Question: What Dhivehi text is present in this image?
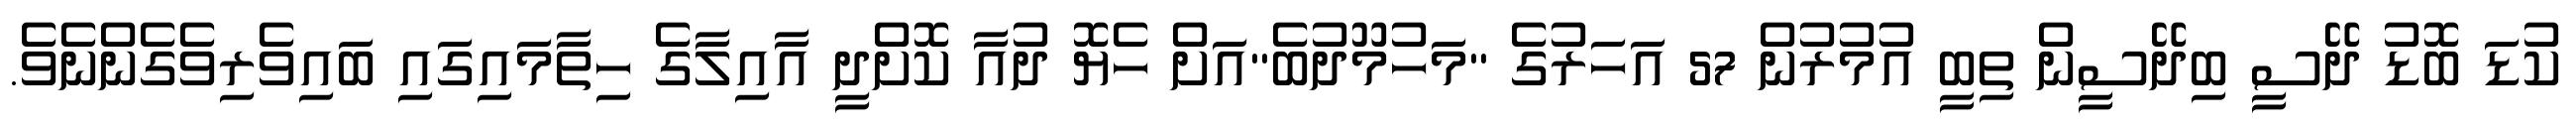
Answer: ކުޑަ ބޮޑު ދޭސީ ބިދޭސީން ތިބީ އުމުރުން 57 އަހަރުގެ "މަހުމޫދުބެ"އަށް ހެޔޮ ދުއާ ކޮށްދީ އާއިލާގެ ހިތާމައިގައި ބައިވެރިވެގެންނެވެ.